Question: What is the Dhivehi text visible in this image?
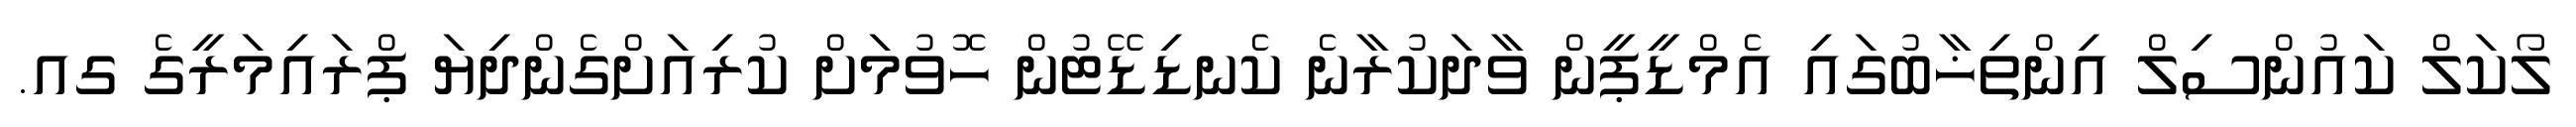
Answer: ލޯކަލް ކައުންސިލް އިންތިޚާބުގައި އެމްޑީޕީން ވާދަކުރާނެ ކެނޑިޑޭޓުން ހޮވުމަށް ކުރިއަށްގެންދިޔަ ޕްރައިމަރީގެ ގއ.